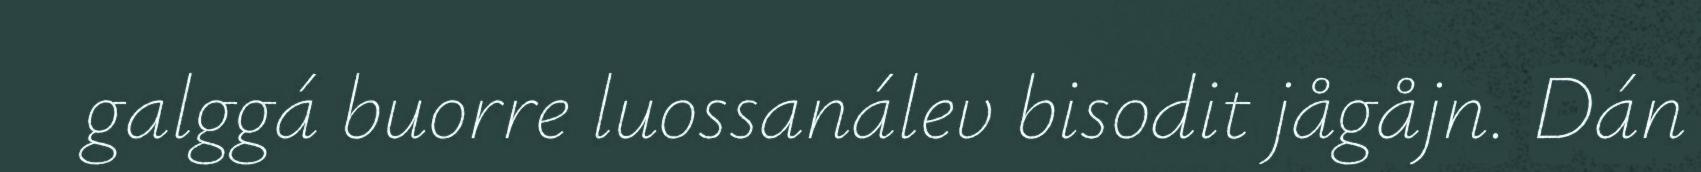
galggá buorre luossanálev bisodit jågåjn. Dán